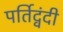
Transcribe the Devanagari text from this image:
पर्तिद्वंदी